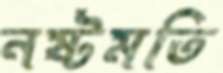
নষ্টমতি